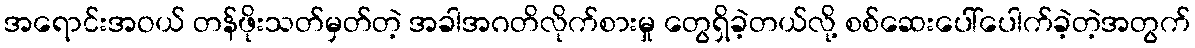
အရောင်းအဝယ် တန်ဖိုးသတ်မှတ်တဲ့ အခါအဂတိလိုက်စားမှု တွေရှိခဲ့တယ်လို့ စစ်ဆေးပေါ်ပေါက်ခဲ့တဲ့အတွက်